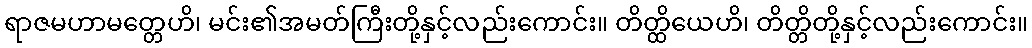
ရာဇမဟာမတ္တေဟိ၊ မင်း၏အမတ်ကြီးတို့နှင့်လည်းကောင်း။ တိတ္ထိယေဟိ၊ တိတ္တိတို့နှင့်လည်းကောင်း။